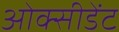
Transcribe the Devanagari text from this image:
ओक्सीडेंट